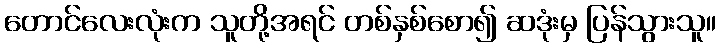
တောင်လေးလုံးက သူတို့အရင် တစ်နှစ်စော၍ ဆဒုံးမှ ပြန်သွားသူ။